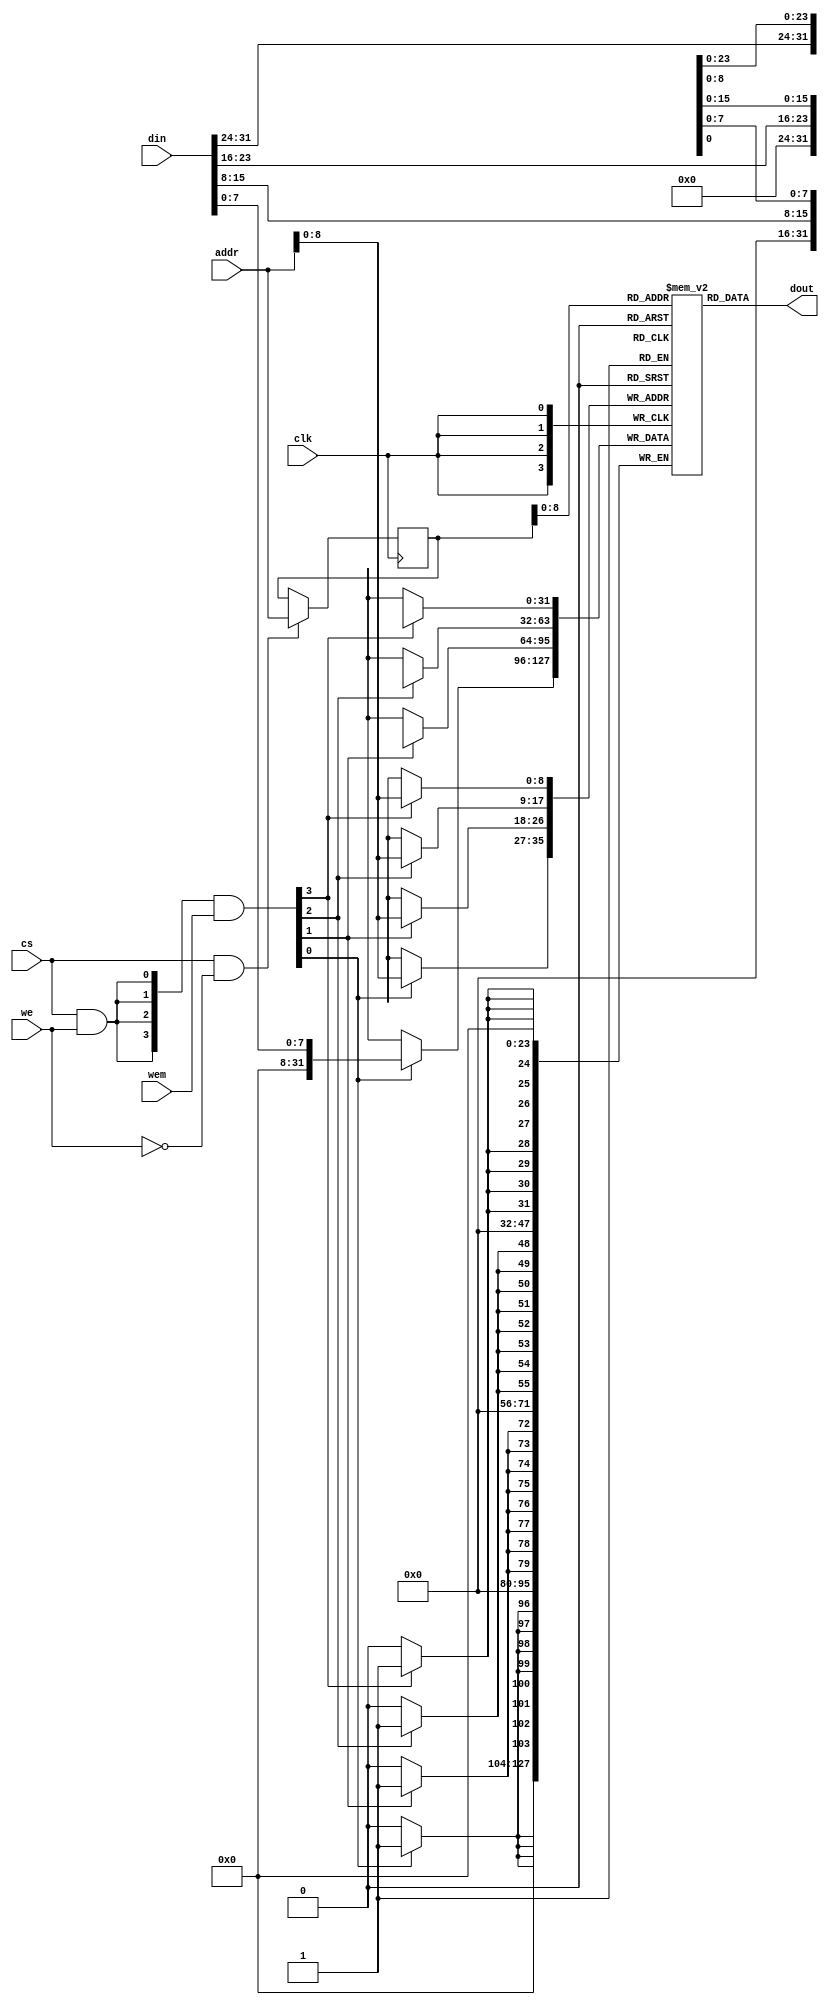
 /*                                                                      
 Copyright 2017 Silicon Integrated Microelectronics, Inc.                
                                                                         
 Licensed under the Apache License, Version 2.0 (the "License");         
 you may not use this file except in compliance with the License.        
 You may obtain a copy of the License at                                 
                                                                         
     http://www.apache.org/licenses/LICENSE-2.0                          
                                                                         
  Unless required by applicable law or agreed to in writing, software    
 distributed under the License is distributed on an "AS IS" BASIS,       
 WITHOUT WARRANTIES OR CONDITIONS OF ANY KIND, either express or implied.
 See the License for the specific language governing permissions and     
 limitations under the License.                                          
 */                                                                      
                                                                         
                                                                         
                                                                         
//=====================================================================
//--        _______   ___
//--       (   ____/ /__/
//--        \ \     __
//--     ____\ \   / /
//--    /_______\ /_/   MICROELECTRONICS
//--
//=====================================================================
//
// Designer   : Bob Hu
//
// Description:
//  The simulation model of SRAM
//
// ====================================================================
module sirv_sim_ram 
#(parameter DP = 512,
  parameter FORCE_X2ZERO = 0,
  parameter DW = 32,
  parameter MW = 4,
  parameter AW = 32 
)
(
  input             clk, 
  input  [DW-1  :0] din, 
  input  [AW-1  :0] addr,
  input             cs,
  input             we,
  input  [MW-1:0]   wem,
  output [DW-1:0]   dout
);

    reg [DW-1:0] mem_r [0:DP-1];
    reg [AW-1:0] addr_r;
    wire [MW-1:0] wen;
    wire ren;

    assign ren = cs & (~we);
    assign wen = ({MW{cs & we}} & wem);



    genvar i;

    always @(posedge clk)
    begin
        if (ren) begin
            addr_r <= addr;
        end
    end

    generate
      for (i = 0; i < MW; i = i+1) begin :mem
        if((8*i+8) > DW ) begin: last
          always @(posedge clk) begin
            if (wen[i]) begin
               mem_r[addr][DW-1:8*i] <= din[DW-1:8*i];
            end
          end
        end
        else begin: non_last
          always @(posedge clk) begin
            if (wen[i]) begin
               mem_r[addr][8*i+7:8*i] <= din[8*i+7:8*i];
            end
          end
        end
      end
    endgenerate

  wire [DW-1:0] dout_pre;
  assign dout_pre = mem_r[addr_r];

  generate
   if(FORCE_X2ZERO == 1) begin: force_x_to_zero
      for (i = 0; i < DW; i = i+1) begin:force_x_gen 
          `ifndef SYNTHESIS//{
         assign dout[i] = (dout_pre[i] === 1'bx) ? 1'b0 : dout_pre[i];
          `else//}{
         assign dout[i] = dout_pre[i];
          `endif//}
      end
   end
   else begin:no_force_x_to_zero
     assign dout = dout_pre;
   end
  endgenerate

 
endmodule